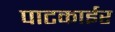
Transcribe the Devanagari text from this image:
पाटकाईर